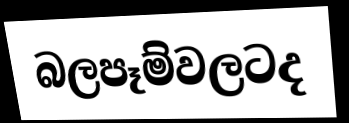
බලපෑම්වලටද